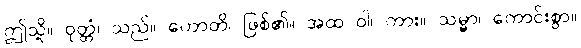
ဤသို့။ ဝုတ္တံ၊ သည်။ ဟောတိ၊ ဖြစ်၏။ အထ ဝါ၊ ကား။ သမ္မာ၊ ကောင်းစွာ။